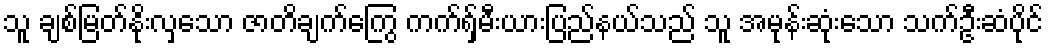
သူ ချစ်မြတ်နိုးလှသော ဇာတိချက်ကြွေ ကက်ရှ်မီးယားပြည်နယ်သည် သူ အမုန်းဆုံးသော သက်ဦးဆံပိုင်